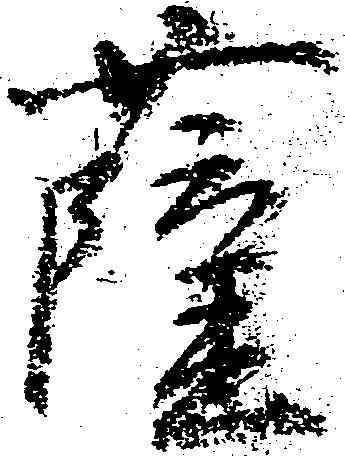
薩